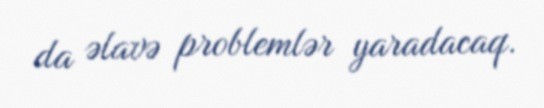
da əlavə problemlər yaradacaq.